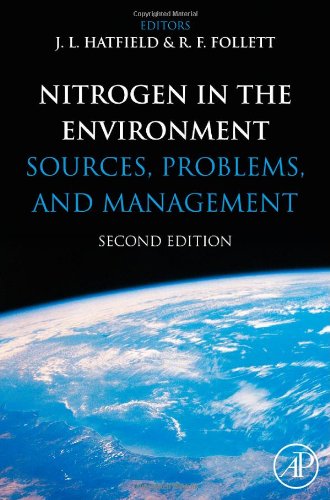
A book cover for Nitrogen in the Environment, Second Edition; Science & Math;